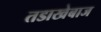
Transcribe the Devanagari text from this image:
तडाखेबाज